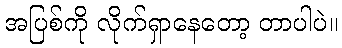
အပြစ်ကို လိုက်ရှာနေတော့ တာပါပဲ။